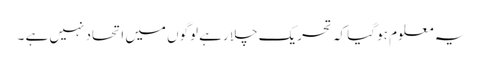
یہ معلوم ہو گیا کہ تحریک چلا رہے لوگوں میں اتحاد نہیں ہے ۔